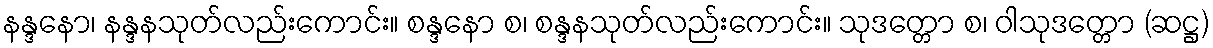
နန္ဒနော၊ နန္ဒနသုတ်လည်းကောင်း။ စန္ဒနော စ၊ စန္ဒနသုတ်လည်းကောင်း။ သုဒတ္တော စ၊ ဝါသုဒတ္တော (ဆဋ္ဌ)